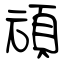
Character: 頑